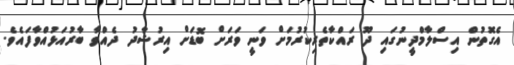
އެގޮތުން އިސްލާމްދީނުގައި ދޫ ރައްކާތެރިކުރުމަށް ވަނީ ވަރަށް ބޮޑަށް އިރުޝާދު ދެއްވާ ބާރުއަޅުއްވާފައެވެ.